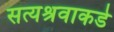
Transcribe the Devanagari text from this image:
सत्यश्रवाकडे